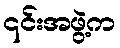
၎င်းအဖွဲ့က